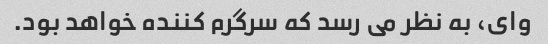
وای، به نظر می رسد که سرگرم کننده خواهد بود.